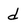
Character: d